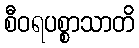
စီဝရပစ္စာသာတိ